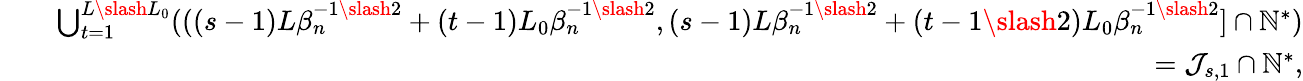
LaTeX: \begin{array}{rlr}&{}&{\bigcup_{t=1}^{L\slash L_{0}}(((s-1)L\beta_{n}^{-1\slash 2}+(t-1)L_{0}\beta_{n}^{-1\slash 2},(s-1)L\beta_{n}^{-1\slash 2}+(t-1\slash 2)L_{0}\beta_{n}^{-1\slash 2}]\cap\mathbb{N}^{*})}\\ &{}&{=\mathcal{J}_{s,1}\cap\mathbb{N}^{*},}\end{array}